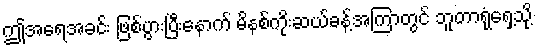
ဤအရေအခင်း ဖြစ်ပွားပြီးနောက် မိနစ်ကိုးဆယ်ခန့်အကြာတွင် ဘူတာရုံရှေ့သို့